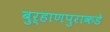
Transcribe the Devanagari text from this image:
बुऱ्हाणपुराकडे